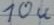
Text: 10u